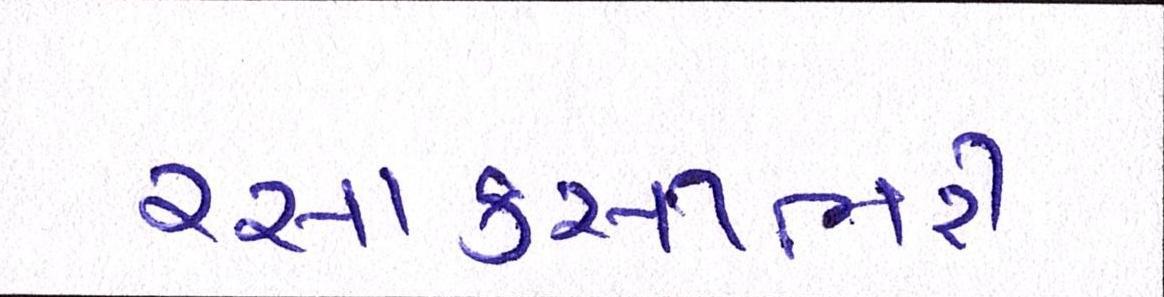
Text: રસાકસીભરી